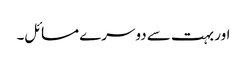
اور بہت سے دوسرے مسائل۔